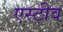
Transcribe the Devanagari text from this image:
एस्टीव